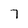
Character: 7